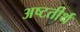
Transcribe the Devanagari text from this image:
अष्‍टतीर्थ